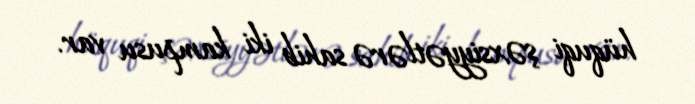
hüquqi şəxsiyyətlərə sahib iki kampusu var.